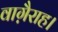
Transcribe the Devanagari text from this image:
वाग़ैराह।